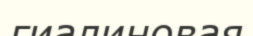
гиалиновая